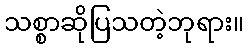
သစ္စာဆိုပြသတဲ့ဘုရား။